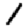
Digit: 1